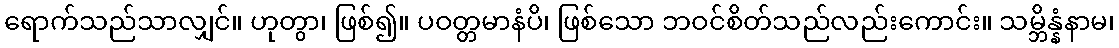
ရောက်သည်သာလျှင်။ ဟုတွာ၊ ဖြစ်၍။ ပဝတ္တမာနံပိ၊ ဖြစ်သော ဘဝင်စိတ်သည်လည်းကောင်း။ သမ္ဘိန္နံနာမ၊